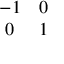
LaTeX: \begin{array} { c c } { { - 1 } } & { { 0 } } \\ { { 0 } } & { { 1 } } \end{array}